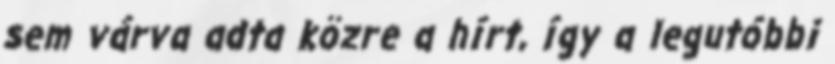
sem várva adta közre a hírt, így a legutóbbi